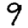
Digit: 9